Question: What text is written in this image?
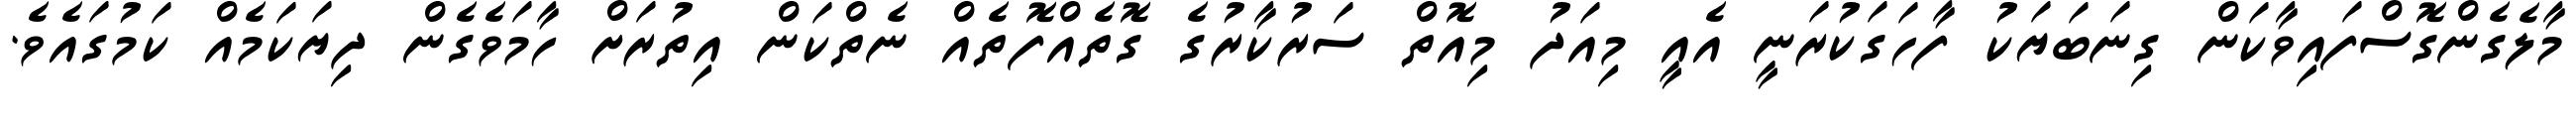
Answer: މާލެގެންގޮސްފައިވާކަން ގިނަބަޔަކު ފާހަގަކުރަނީ އެއީ މިއަދު މިއޮތް ސަރުކާރުގެ ގޮތެއްފޮތެއް ނެތްކަން އިތުރަށް ހާމަވެގެން ދިޔަކަމެއް ކަމުގައެވެ.